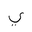
Letter: _ya